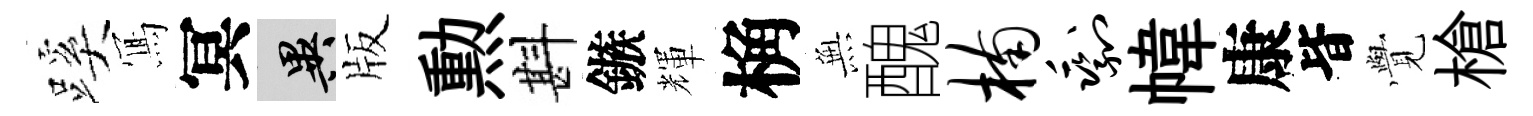
蹊𭂁冥异版勲斟鏃輝桷𭴾醜楠剩幃康𣅜𮗜槍